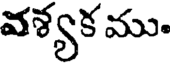
వశ్యక ము